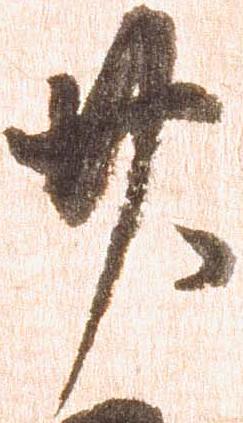
廿